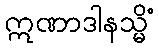
ဣဏာဒါနသ္မိံ